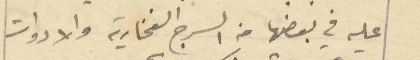
عليه في بعضها من السرج الفخارية والادوات